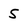
Character: 5